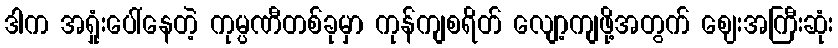
ဒါက အရှုံးပေါ်နေတဲ့ ကုမ္ပဏီတစ်ခုမှာ ကုန်ကျစရိတ် လျော့ကျဖို့အတွက် ဈေးအကြီးဆုံး